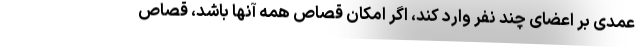
عمدی بر اعضای چند نفر وارد کند، اگر امکان قصاص همه آنها باشد، قصاص